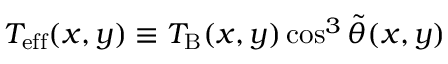
T _ { \mathrm { e f f } } ( x , y ) \equiv T _ { \mathrm { B } } ( x , y ) \cos ^ { 3 } \tilde { \theta } ( x , y )